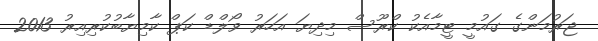
ޖަރުމަންގެ ގައުމީ ޓީމާއެކު ކްރޫސް މިިދިޔަ އަހަރު ވޯލްޑް ކަޕް ކާމިޔާބުކުރިއިރު 2013